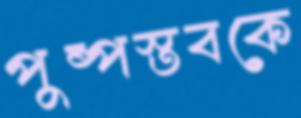
পুষ্পস্তবকে